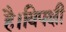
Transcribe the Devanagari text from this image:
है।विपक्षी